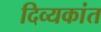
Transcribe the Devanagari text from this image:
दिव्यकांत